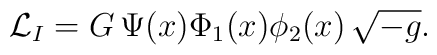
{\cal L}_I = G \, \Psi(x) \Phi_1(x) \phi_2(x) \, \sqrt{-g}.